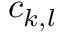
c _ { k , l }